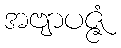
အဗျာပဇ္ဇံ